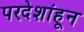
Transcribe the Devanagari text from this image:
परदेशांहून